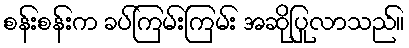
စန်းစန်းက ခပ်ကြမ်းကြမ်း အဆိုပြုလာသည်။